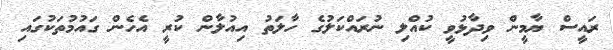
ރައީސް ޔާމީން ވިދާޅުވީ ކުއްލި ނުރައްކަލުގެ ހާލަތު އިއުލާން ކުރީ އެހެން ގައުމުތަކުގައި